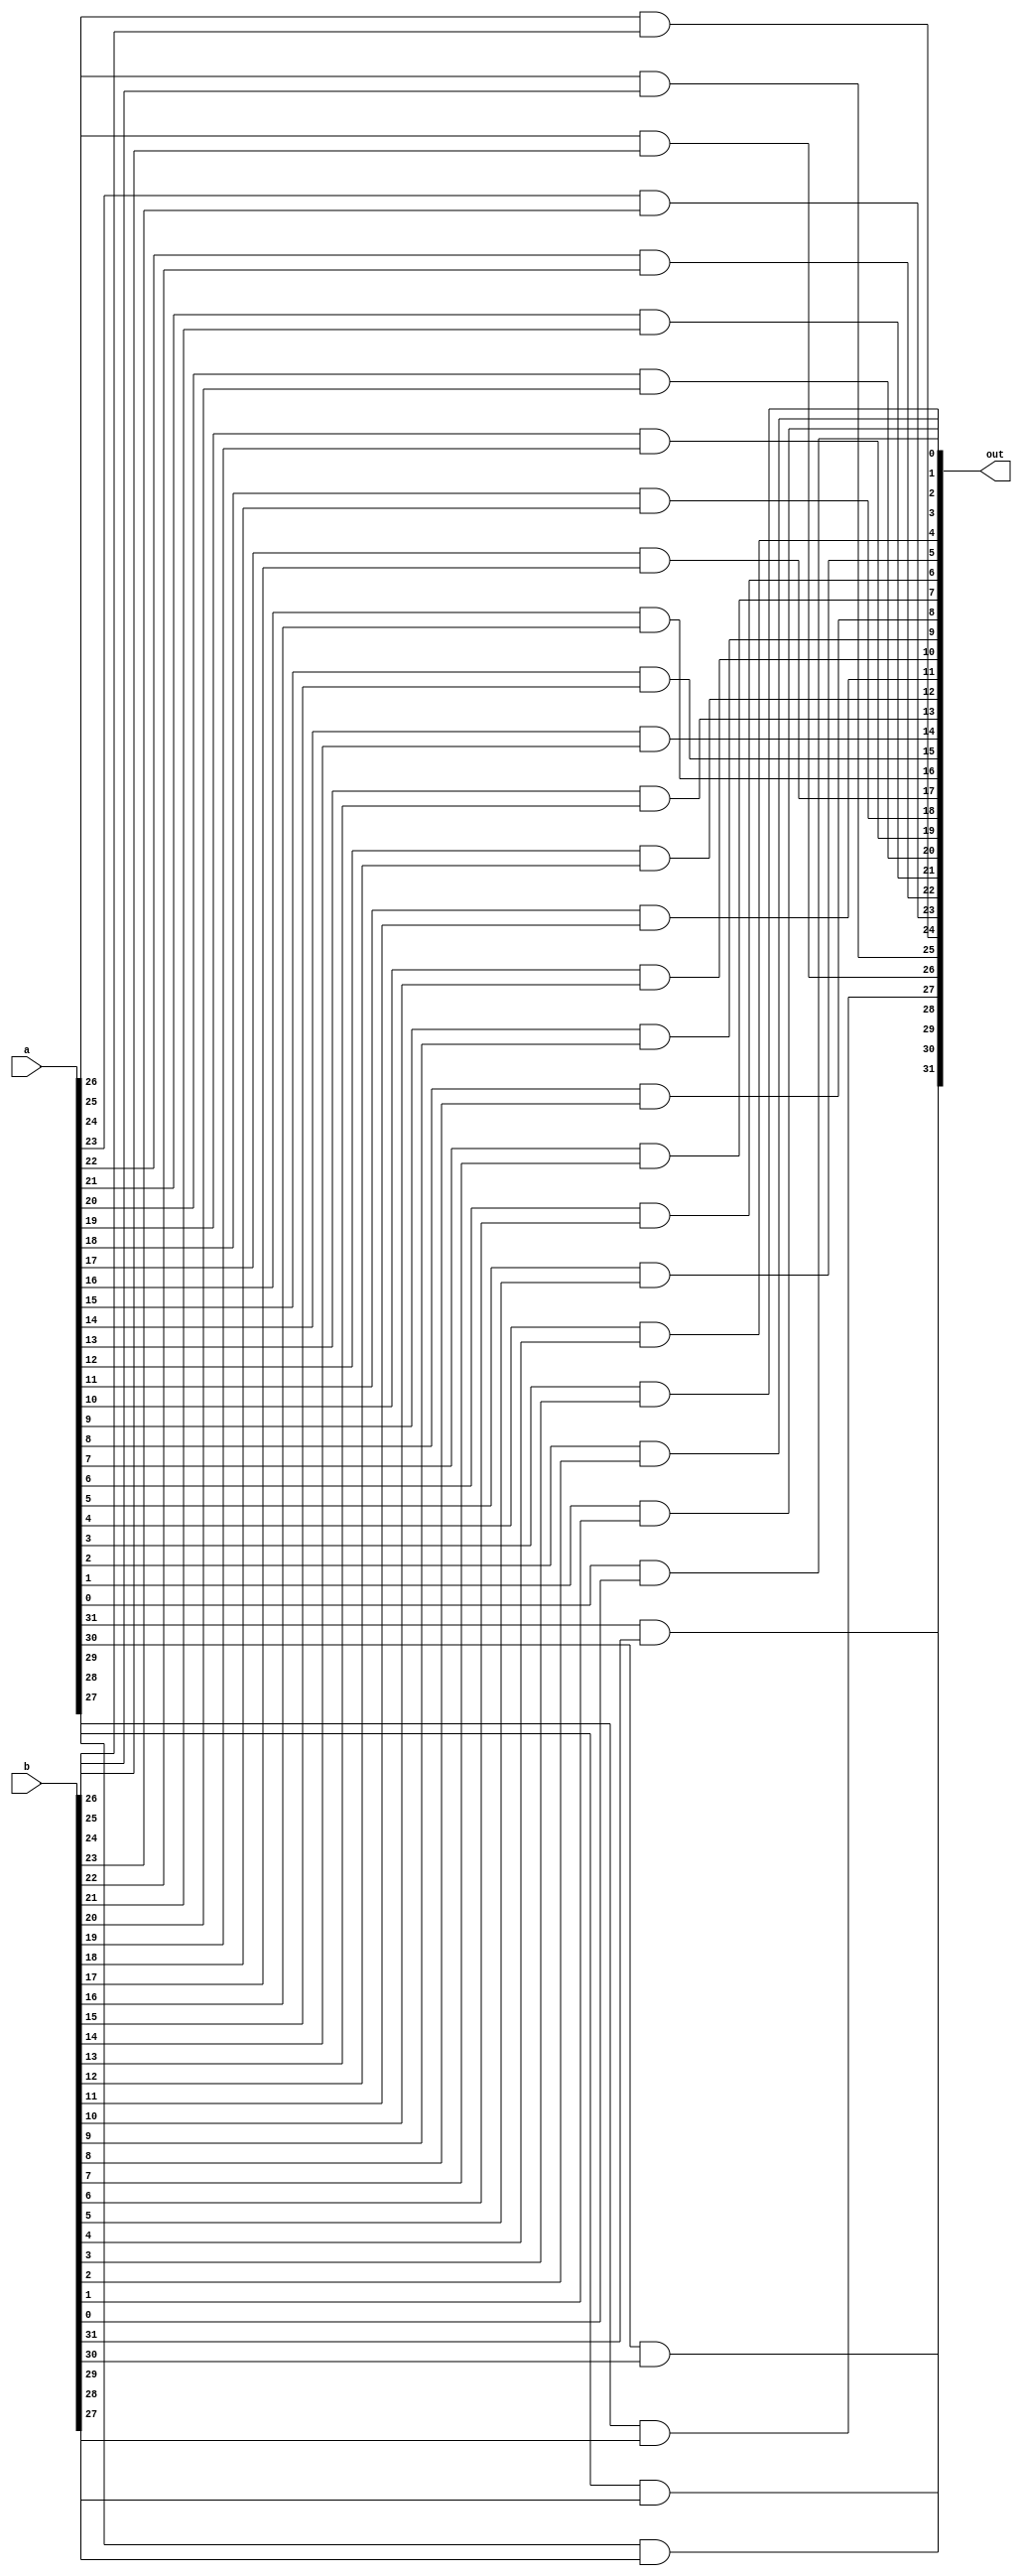
module and32(out, a, b);
    input [31:0] a, b;
    output [31:0] out;

    and and_in31(out[31], a[31], b[31]);
    and and_in30(out[30], a[30], b[30]);
    and and_in29(out[29], a[29], b[29]);
    and and_in28(out[28], a[28], b[28]);
    and and_in27(out[27], a[27], b[27]);
    and and_in26(out[26], a[26], b[26]);
    and and_in25(out[25], a[25], b[25]);
    and and_in24(out[24], a[24], b[24]);

    and and_in23(out[23], a[23], b[23]);
    and and_in22(out[22], a[22], b[22]);
    and and_in21(out[21], a[21], b[21]);
    and and_in20(out[20], a[20], b[20]);
    and and_in19(out[19], a[19], b[19]);
    and and_in18(out[18], a[18], b[18]);
    and and_in17(out[17], a[17], b[17]);
    and and_in16(out[16], a[16], b[16]);

    and and_in15(out[15], a[15], b[15]);
    and and_in14(out[14], a[14], b[14]);
    and and_in13(out[13], a[13], b[13]);
    and and_in12(out[12], a[12], b[12]);
    and and_in11(out[11], a[11], b[11]);
    and and_in10(out[10], a[10], b[10]);
    and and_in09(out[9] , a[9] , b[9] );
    and and_in08(out[8] , a[8] , b[8] );

    and and_in07(out[7] , a[7] , b[7] );
    and and_in06(out[6] , a[6] , b[6] );
    and and_in05(out[5] , a[5] , b[5] );
    and and_in04(out[4] , a[4] , b[4] );
    and and_in03(out[3] , a[3] , b[3] );
    and and_in02(out[2] , a[2] , b[2] );
    and and_in01(out[1] , a[1] , b[1] );
    and and_in00(out[0] , a[0] , b[0] );
endmodule